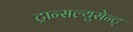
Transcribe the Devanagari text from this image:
ट्रान्सल्युसेन्ट्